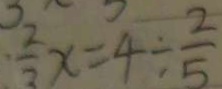
\frac { 2 } { 3 } x = 4 \div \frac { 2 } { 5 }